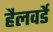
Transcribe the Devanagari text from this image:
हैलवर्डे